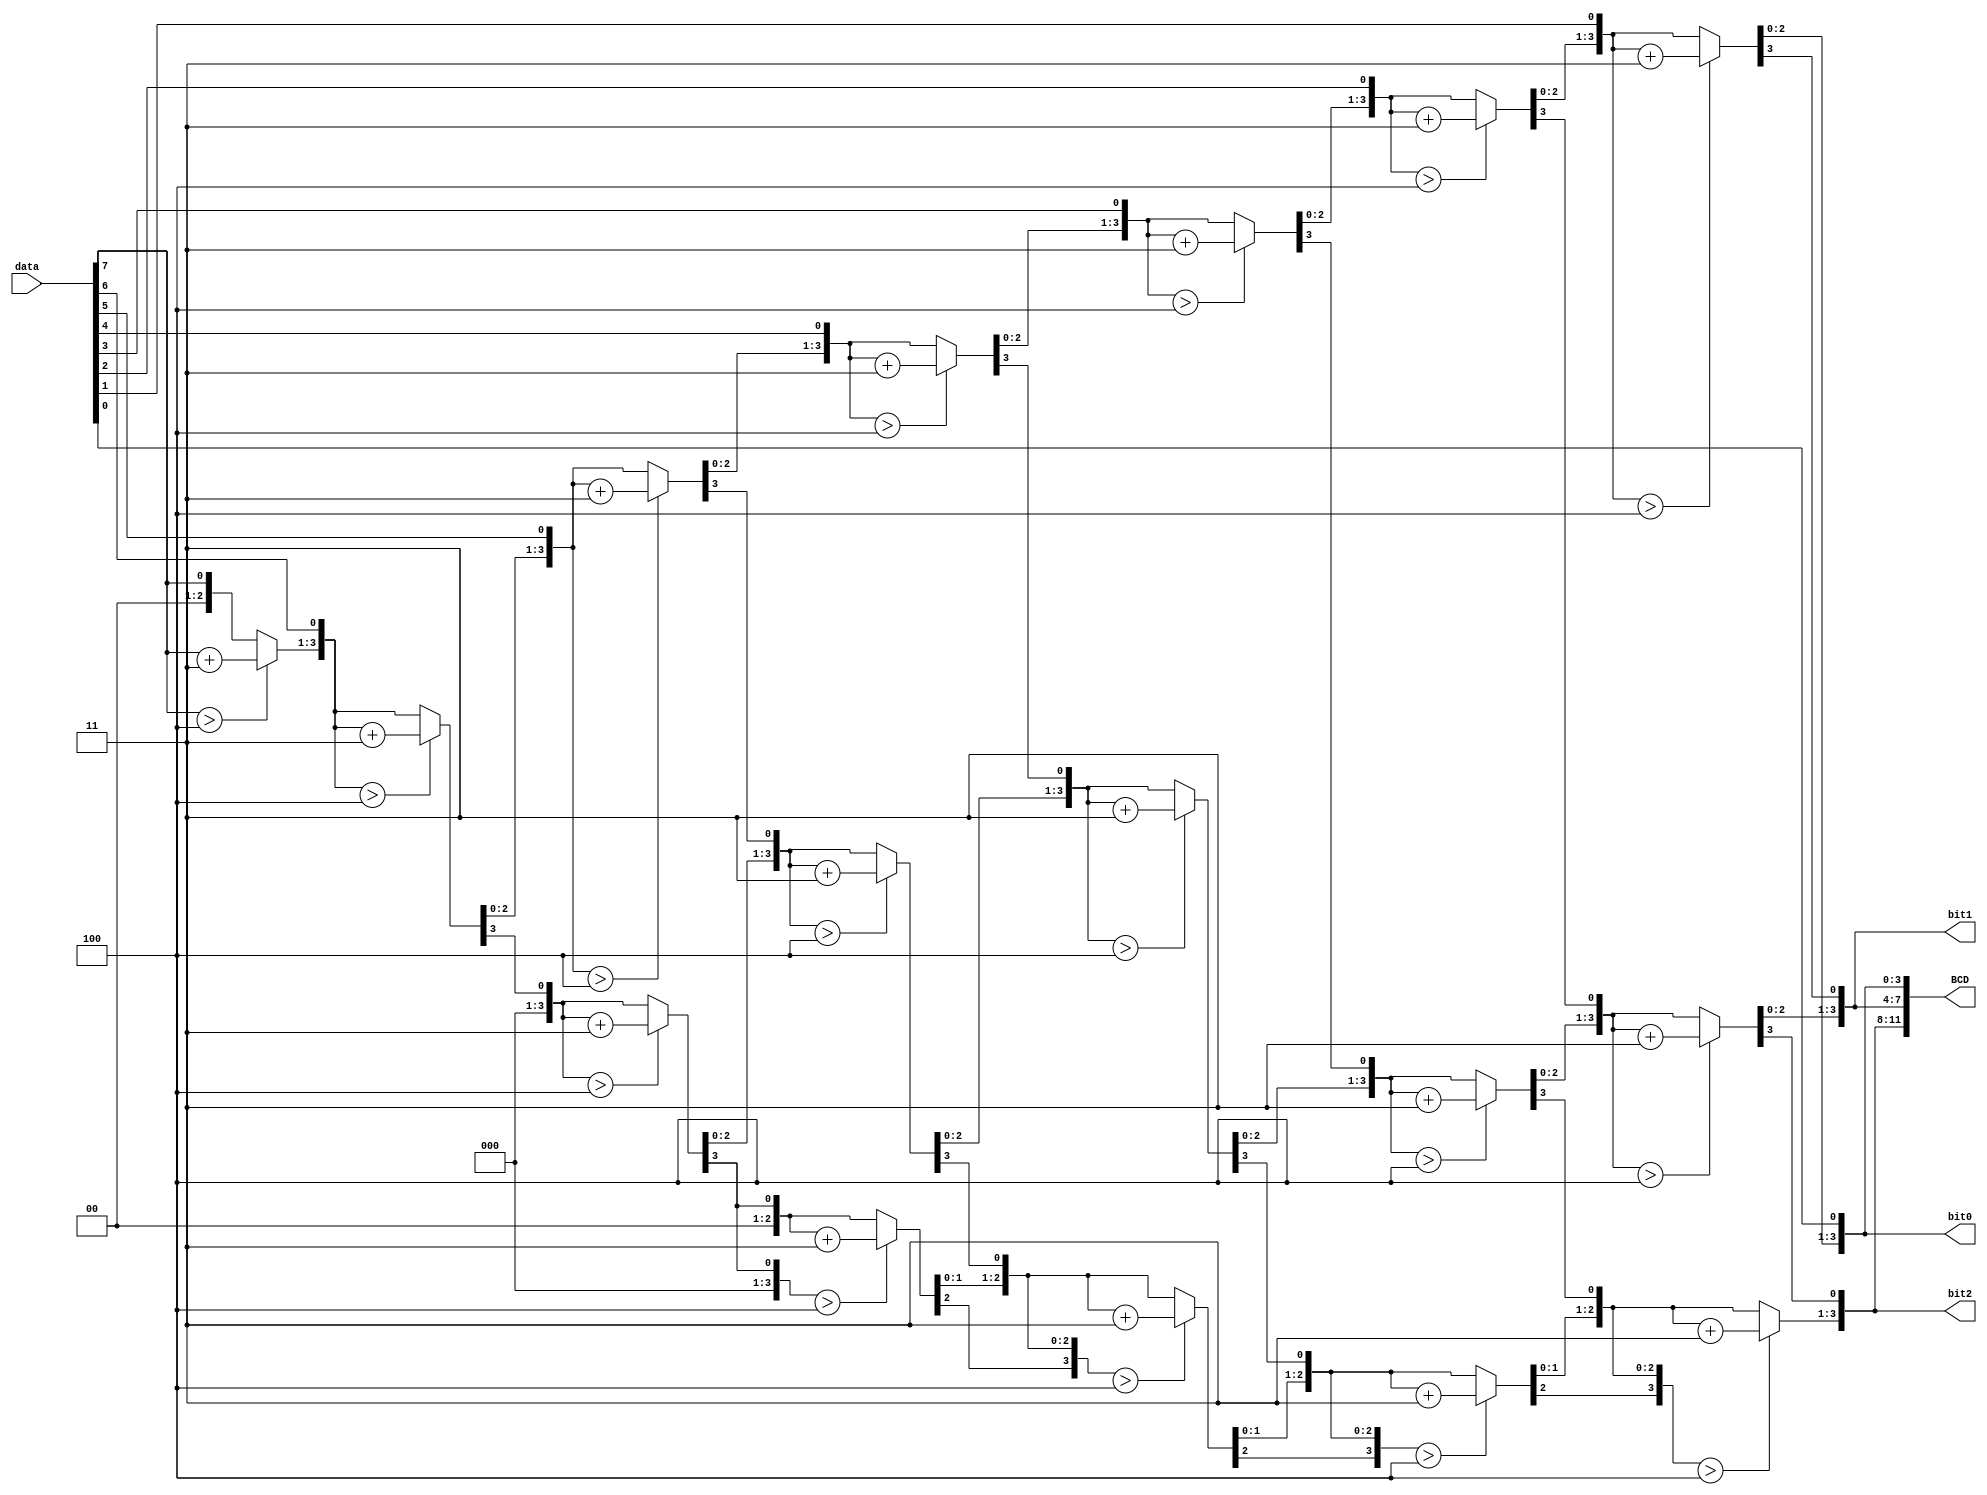
// This program was cloned from: https://github.com/ekb0412/100DaysofRTL
// License: Apache License 2.0

`timescale 1ns / 1ps

module binary2bcd(
    input [7:0]data,
    output reg [3:0] bit0,bit1,bit2,
    output reg[11:0] BCD    
    );
    integer n;

    always@(data)
    begin
        bit0=0; bit1=0; bit2=0;
        for(n=0; n<8; n=n+1)
        begin
            if(bit0>4) bit0 = bit0+3;
            if(bit1>4) bit1 = bit1+3;
            if(bit2>4) bit2 = bit2+3;
            {bit2,bit1,bit0} = {bit2,bit1,bit0,data[7-n]};
        end
        BCD= {bit2, bit1, bit0};
    end
endmodule